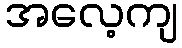
အလေ့ကျ